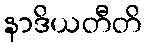
နာဒိယတီတိ